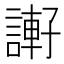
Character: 𧫂